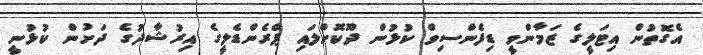
އެގޮތުން އިޓަލީގެ ޒަމާންވީ ޑިފެންސިވް ކުޅުން ދޫކޮށްލައި ޕްރެންޑެލީގެ އިރުޝާދުގެ ދަށުން ކުޅުނީ